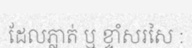
ដែលភ្លាត់ ឬ ខ្ទាំសរសៃ :